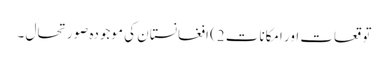
توقعات اور امکانات 2) افغانستان کی موجودہ صورتحال ۔